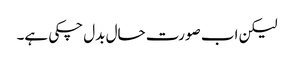
لیکن اب صورت حال بدل چکی ہے۔